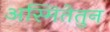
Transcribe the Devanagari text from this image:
अस्मितेतुन